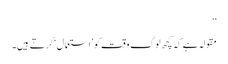
‘‘
مقولہ ہے کہ کچھ لوگ وقت کو ’استعمال‘ کرتے ہیں۔